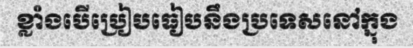
ខ្លាំងបើប្រៀបធៀបនឹងប្រទេសនៅក្នុង